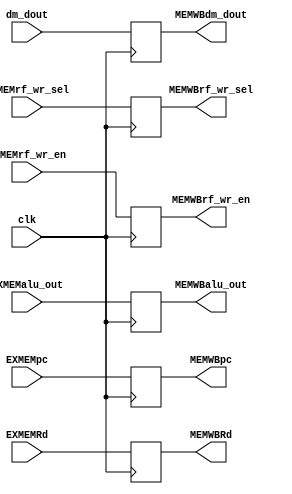
module MEMWB(
    input clk,

    input EXMEMrf_wr_en,
    input [1:0] EXMEMrf_wr_sel,
    input [31:0] dm_dout,
    input [31:0] EXMEMalu_out,
    input [4:0] EXMEMRd,
    input [31:0] EXMEMpc,

    output reg MEMWBrf_wr_en,
    output reg [1:0] MEMWBrf_wr_sel,
    output reg [31:0] MEMWBdm_dout,
    output reg [31:0] MEMWBalu_out,
    output reg [4:0] MEMWBRd,
    output reg [31:0] MEMWBpc
);

always@(posedge clk) begin
    MEMWBrf_wr_en <= EXMEMrf_wr_en;
    MEMWBrf_wr_sel <= EXMEMrf_wr_sel;
    MEMWBdm_dout <= dm_dout;
    MEMWBalu_out <= EXMEMalu_out;
    MEMWBRd <= EXMEMRd;
    MEMWBpc <= EXMEMpc;
end

endmodule